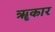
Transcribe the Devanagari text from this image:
ॠकार